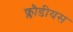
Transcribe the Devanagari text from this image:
क्लौडीयस